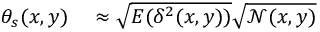
\begin{array} { r l } { \theta _ { s } ( x , y ) } & { { } \approx \sqrt { E ( \delta ^ { 2 } ( x , y ) ) } \sqrt { \mathcal { N } ( x , y ) } } \end{array}